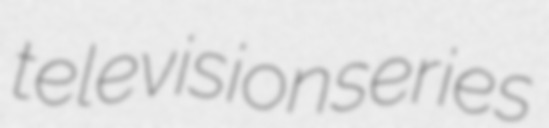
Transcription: television series